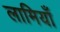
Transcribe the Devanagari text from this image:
लामियाँ